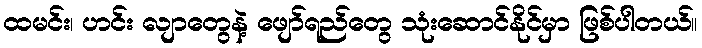
ထမင်း၊ ဟင်း လျာတွေနဲ့ ဖျော်ရည်တွေ သုံးဆောင်နိုင်မှာ ဖြစ်ပါတယ်။